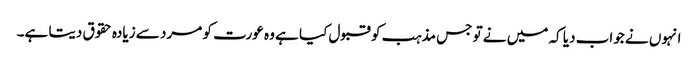
انہوں نے جواب دیا کہ میں نے تو جس مذہب کو قبول کیا ہے وہ عورت کو مرد سے زیادہ حقوق دیتا ہے۔